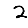
Digit: 2